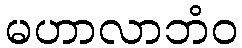
မဟာလာဘံဝ